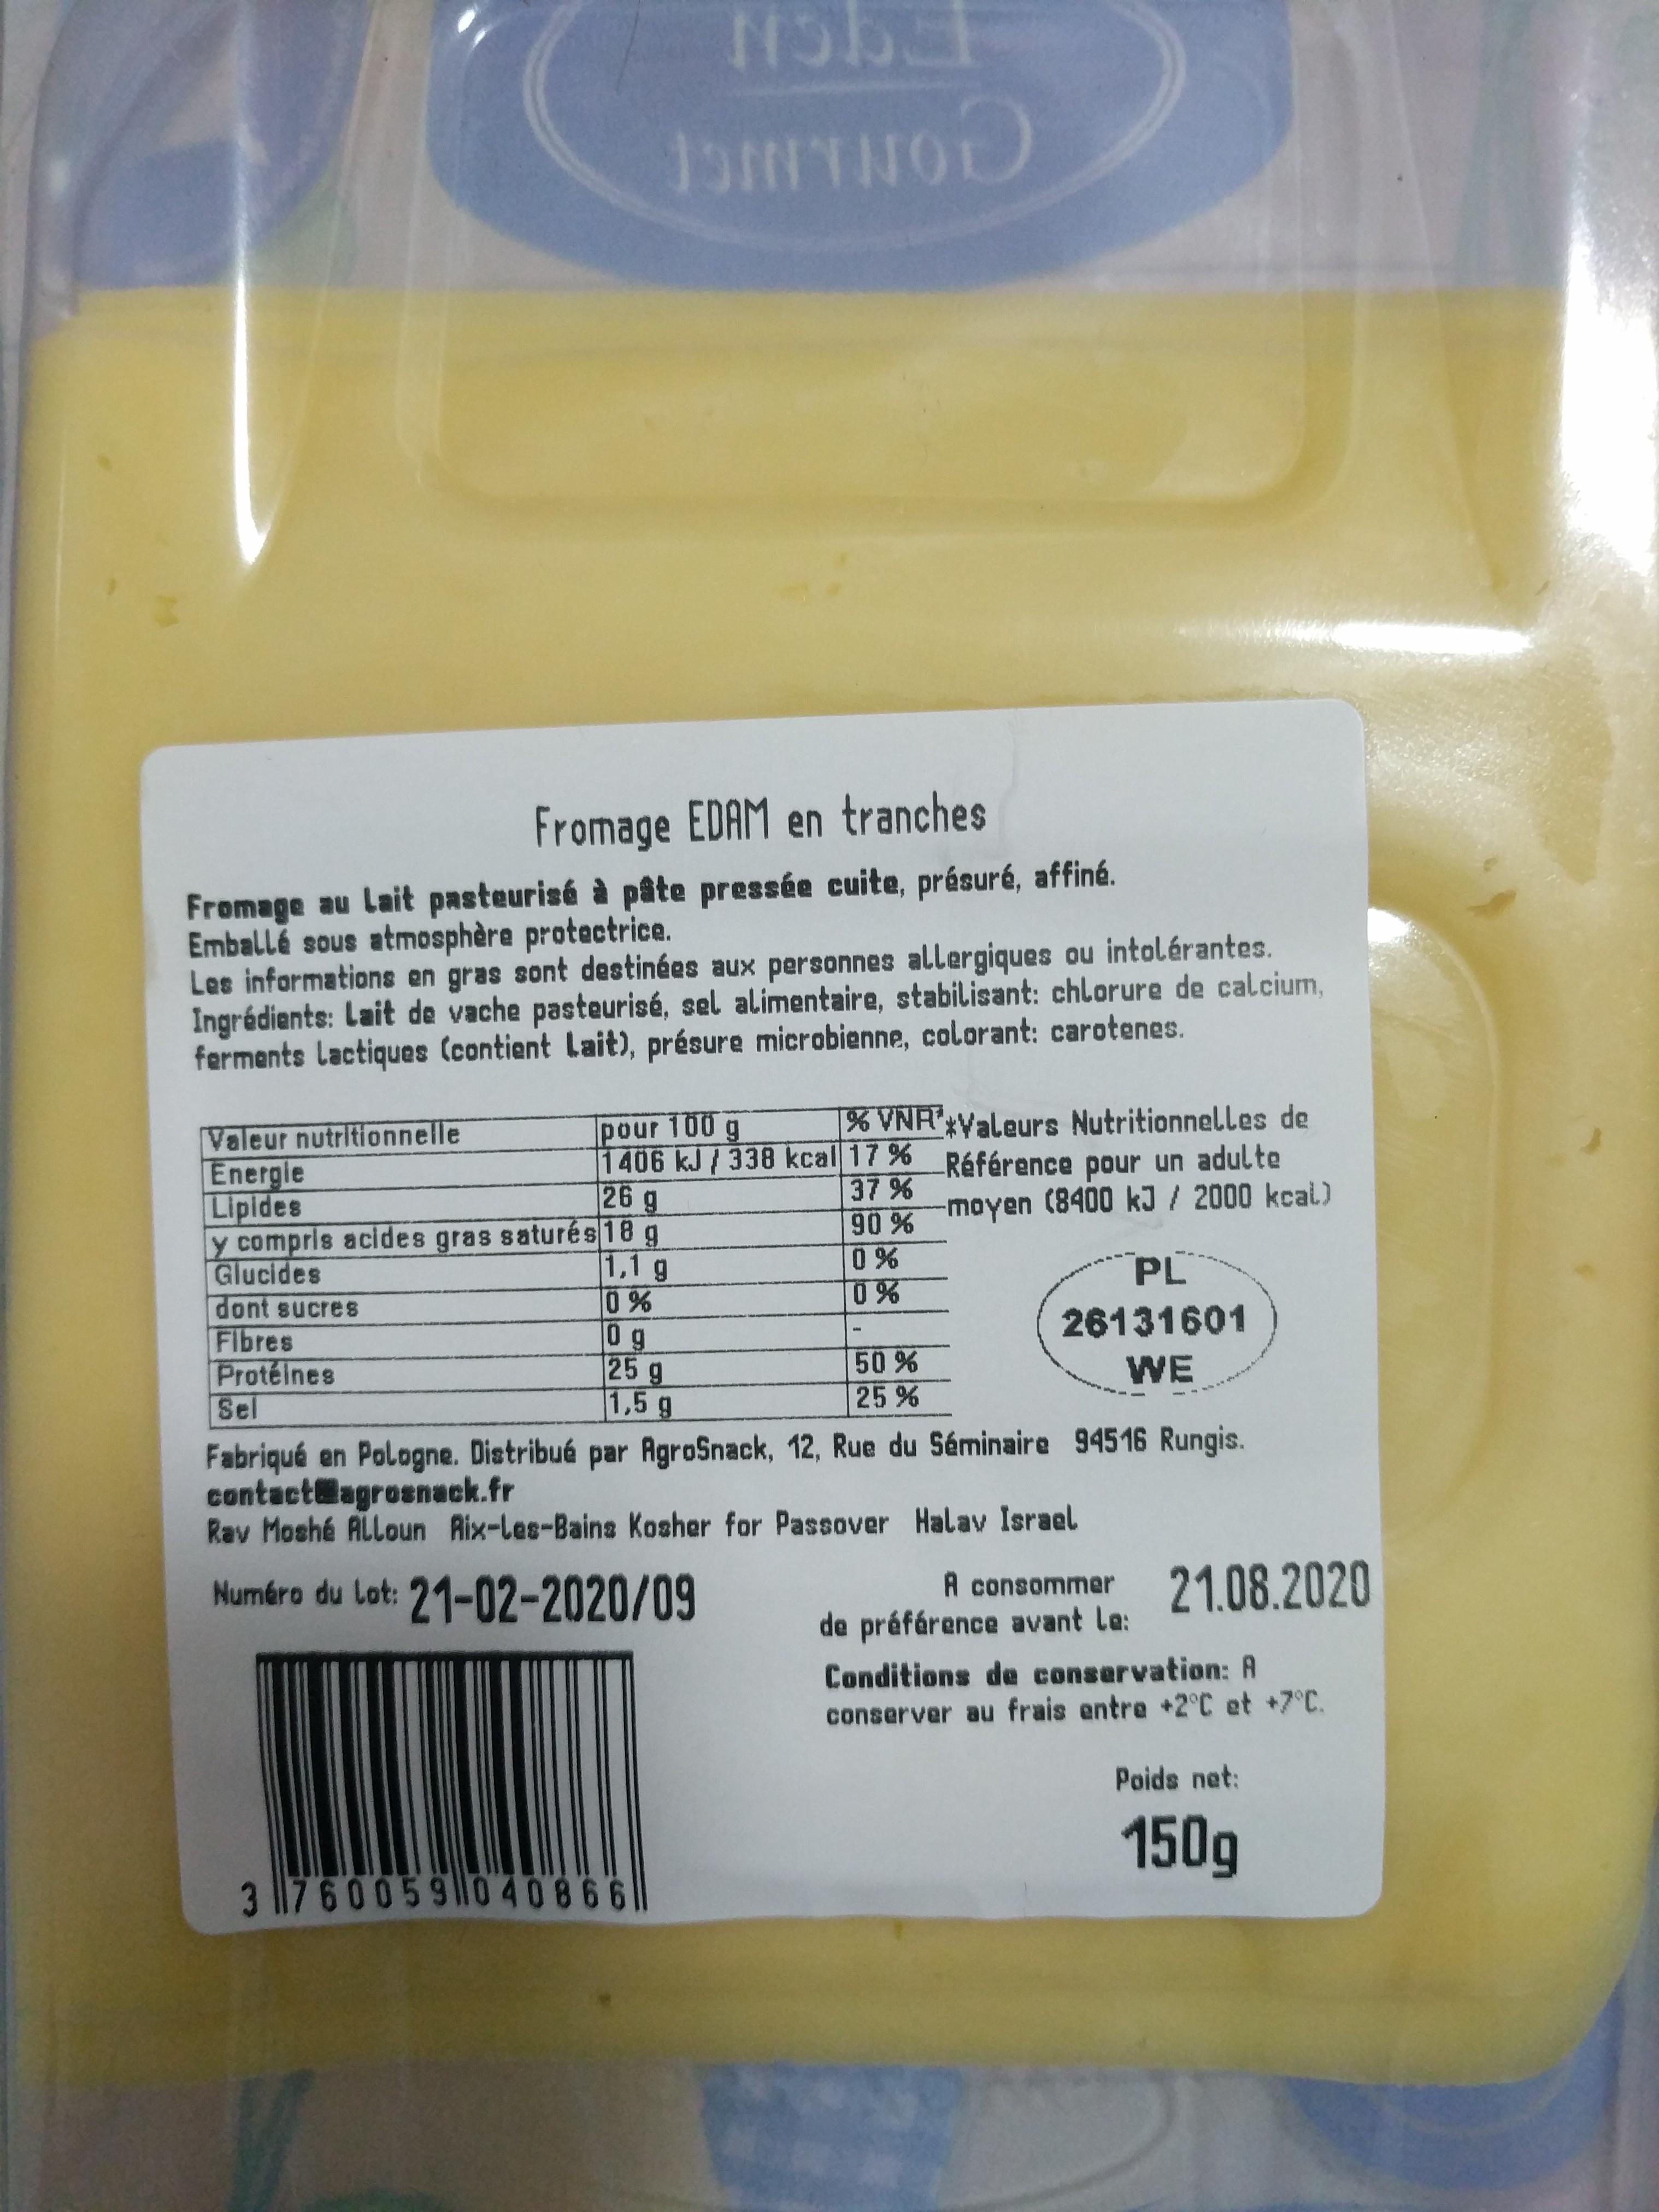
Fromage EDAM en tranches
Fromage au Lait pasteurisé à pâte pressée cuite, présuré, affiné. Emballé sous atmosphère protectrice. Les informations en gras sont destinées aux personnes allergiques ou intolérantes. Ingrédients: Lait de vache pasteurisé, sel alimentaire, stabilisant: chlorure de calcium, ferments Lactiques (contient Lait), présure microbienne, colorant: carotenes.
pour 100 g 1406 kJ/338 kcal 17 % 26 g
% VNRValeurs Nutritionnelles de Référence pour un adulte
Valeur nutritionnelle Energle Lipides y compris acides gras saturés 18 g Glucides dont sucres Flbres Protéines Sel
37 % 90% moyen (8400 kJ / 2000 kcal) 0% 0%
1,1 g 0 % 0g 25 g 1,5g
PL
26131601
50 %
WE
25 %
Fabriqué en Pologne. Distribué par AgroSnack, 12, Rue du Séminaire 94516 Rungis. contactlagrosnack.fr Rav Moshé ALLoun Rix-Les-Bains Kosher for Passover Halav Israel
Numáro du Lat: 21-02-2020/09
A consommer 21.08.2020
de préfárence avant Le:
Conditions de conservation: A
conserver au frais entre +2°C et +7°C.
Poids net:
150g
3 760059W0 40866